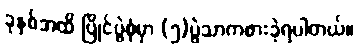
ခုနှစ်အထိ ပြိုင်ပွဲစုံမှာ (၅)ပွဲသာကစားခဲ့ရပါတယ်။